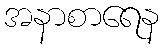
အနာစာရေန